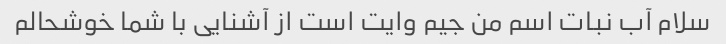
سلام آب نبات اسم من جیم وایت است از آشنایی با شما خوشحالم